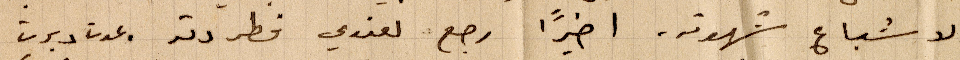
لاشباع شهوته. اخيرًا رجع لعندي فطردته غدت دبرت